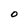
Character: O